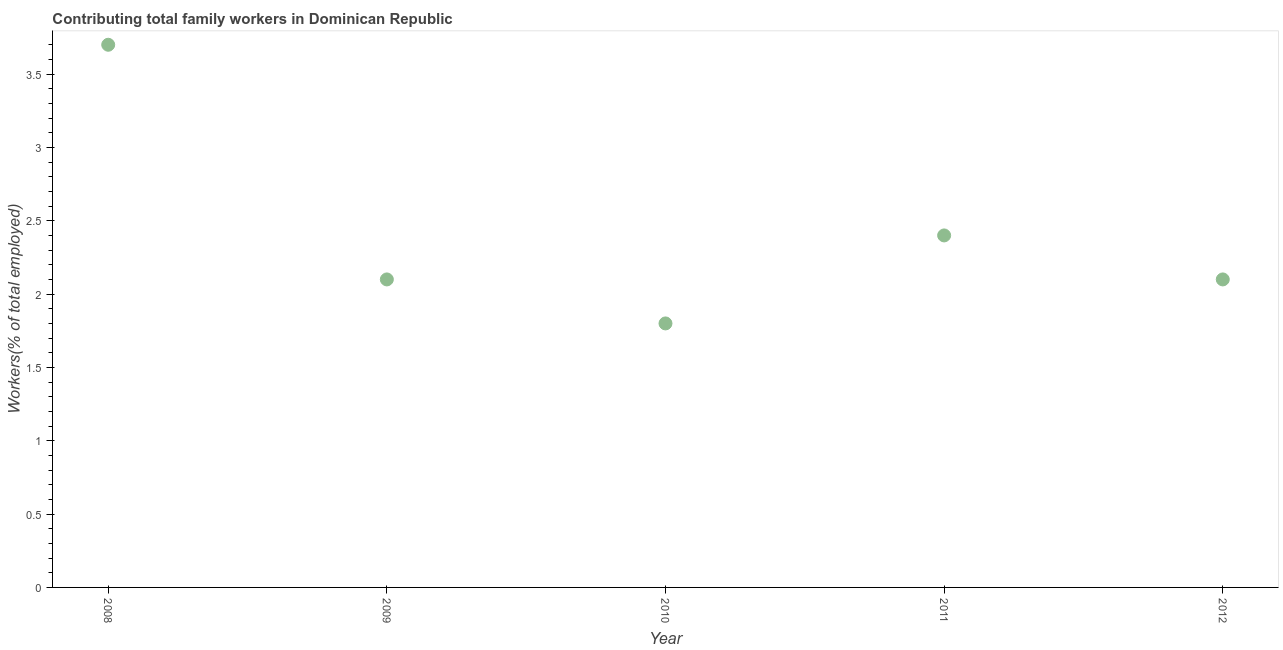
| Year | Contributing family workers |
 | --- | --- |
 | 2008 | 3.7 |
 | 2009 | 2.1 |
 | 2010 | 1.8 |
 | 2011 | 2.4 |
 | 2012 | 2.1 |